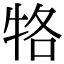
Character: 𤙑